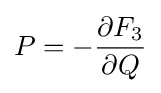
P=-{\frac {\partial F_{3}}{\partial Q}}\,\!